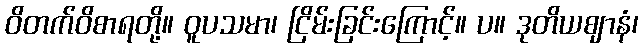
ဝိတက်ဝိစာရတို့။ ဝူပသမာ၊ ငြိမ်းခြင်းကြောင့်။ ပ။ ဒုတိယဈာနံ၊